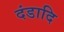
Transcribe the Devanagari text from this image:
दंडादि